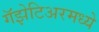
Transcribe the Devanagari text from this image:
गॅझेटिअरमध्ये